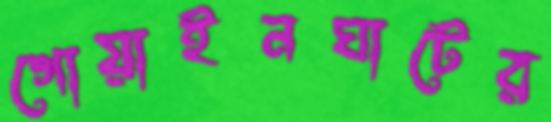
গোয়াইনঘাটের